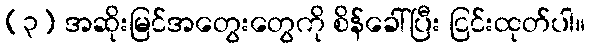
(၃) အဆိုးမြင်အတွေးတွေကို စိန်ခေါ်ပြီး ငြင်းထုတ်ပါ။